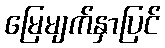
မြေမျက်နှာပြင်